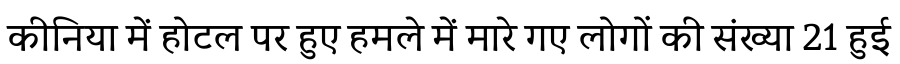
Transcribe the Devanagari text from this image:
कीनिया में होटल पर हुए हमले में मारे गए लोगों की संख्या 21 हुई